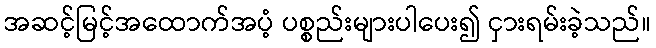
အဆင့်မြင့်အထောက်အပံ့ ပစ္စည်းများပါပေး၍ ငှားရမ်းခဲ့သည်။